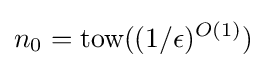
n_{0}={\text{tow}}((1/\epsilon )^{O(1)})